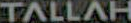
TALLAH